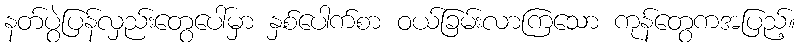
နတ်ပွဲပြန်လှည်းတွေပေါ်မှာ နှစ်ပေါက်စာ ဝယ်ခြမ်းလာကြသော ကုန်တွေကအပြည့်။